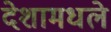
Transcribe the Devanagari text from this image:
देशामधले